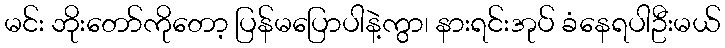
မင်း ဘိုးတော်ကိုတော့ ပြန်မပြောပါနဲ့ကွာ၊ နားရင်းအုပ် ခံနေရပါဦးမယ်